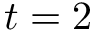
t = 2